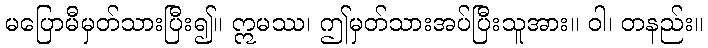
မပြောမီမှတ်သားပြီး၍။ ဣမဿ၊ ဤမှတ်သားအပ်ပြီးသူအား။ ဝါ၊ တနည်း။